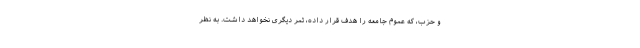
و حزب، که عموم جامعه را هدف قرار داده، ثمر دیگری نخواهد داشت. به نظر